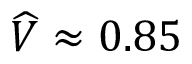
\widehat { V } \approx 0 . 8 5